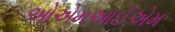
ઓએમઆઈએમ